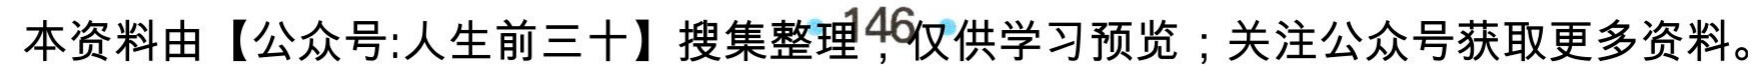
本资料由【公众号:人生前三十】搜集整理，仅供学习预览；关注公众号获取更多资料。